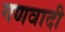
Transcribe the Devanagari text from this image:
गणवादी